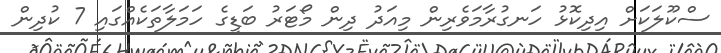
ސްކޫލަކަށް އިދިކޮޅު ހަނގުރާމަވެރިން މިއަދު ދިން މޯޓަރު ބަޑީގެ ހަމަލާތަކެއްގައި 7 ކުދިން